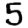
Digit: 5